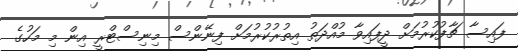
ފައިސާ ޗާފުކުރުމަށް ދީފައިވާ މުއްދަތު އިތުރުކުރުމަށް ފިނޭންސް މިނިސްޓްރީ އިން މި މަހުގެ